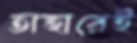
তাহারেই